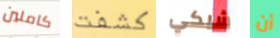
كاملين كشفت شيكي أن